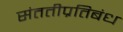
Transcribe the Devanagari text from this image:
संततीप्रतिबंध